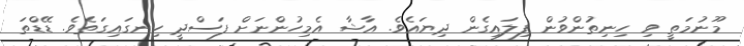
މޫނުމަތީ ވި ހިނިތުންވުން ފިލައިގެން ދިޔައެވެ. އާޝާ އެމިހުންނަށް ފަސްދީ ހިނގައިގަތެވެ. ޑޭޑްތަ